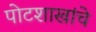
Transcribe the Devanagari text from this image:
पोटशाखांचे